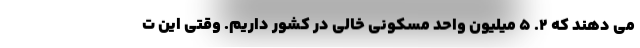
می دهند که ۲. ۵ میلیون واحد مسکونی خالی در کشور داریم. وقتی این ت